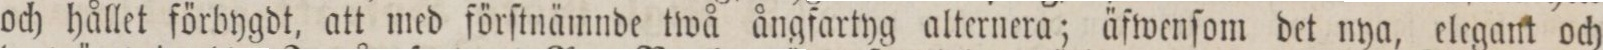
och hållet förbygdt, att med förſtnämnde twå ångfartyg alternera; äfwenſom det nya, elegant och